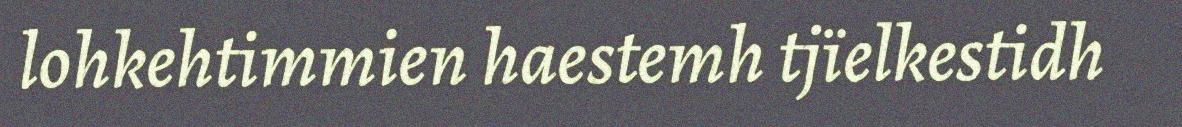
lohkehtimmien haestemh tjïelkestidh